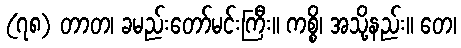
(၇၈) တာတ၊ ခမည်းတော်မင်းကြီး။ ကစ္စိ၊ အသို့နည်း။ တေ၊